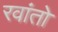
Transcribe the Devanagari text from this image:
रवांतो